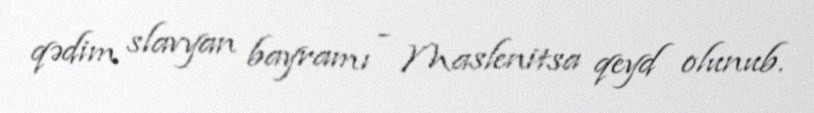
qədim slavyan bayramı - Maslenitsa qeyd olunub.